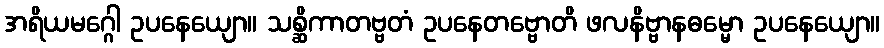
အရိယမဂ္ဂေါ ဥပနေယျော။ သစ္ဆိကာတဗ္ဗတံ ဥပနေတဗ္ဗောတိ ဖလနိဗ္ဗာနဓမ္မော ဥပနေယျော။